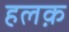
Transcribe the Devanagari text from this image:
हलक़